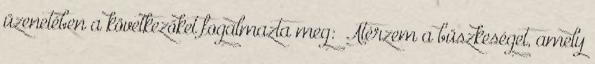
üzenetében a következőket fogalmazta meg: „Átérzem a büszkeséget, amely